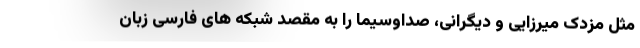
مثل مزدک میرزایی و دیگرانی، صداوسیما را به مقصد شبکه های فارسی زبان